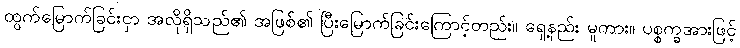
ထွက်မြောက်ခြင်းငှာ အလိုရှိသည်၏ အဖြစ်၏ ပြီးမြောက်ခြင်းကြောင့်တည်း။ ရှေ့နည်း မူကား။ ပစ္စက္ခအားဖြင့်